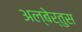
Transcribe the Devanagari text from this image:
अल्बेर्तुस